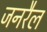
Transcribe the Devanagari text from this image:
जनरैल